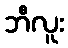
ဘီလူး